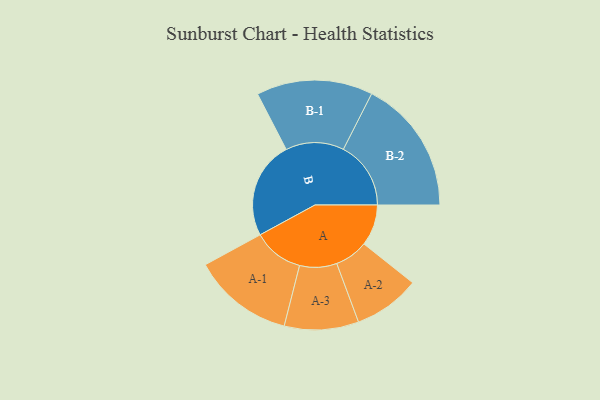
{"axis": {"x": "Segment", "y": "Value"}, "legend": ["", "A", "B"], "data": [{"x": "A", "y": 182, "type": ""}, {"x": "B", "y": 431, "type": ""}, {"x": "A-1", "y": 223, "type": "A"}, {"x": "A-2", "y": 147, "type": "A"}, {"x": "A-3", "y": 164, "type": "A"}, {"x": "B-1", "y": 257, "type": "B"}, {"x": "B-2", "y": 298, "type": "B"}]}